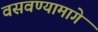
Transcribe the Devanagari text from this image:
वसवण्यामागे